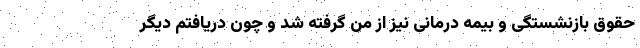
حقوق بازنشستگی و بیمه درمانی نیز از من گرفته شد و چون دریافتم دیگر